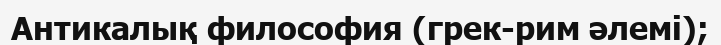
Антикалық философия (грек-рим әлемі);